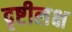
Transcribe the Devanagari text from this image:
दृष्टीलक्ष